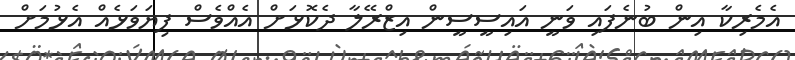
އެމެރިކާ އިން ބުނެފައި ވަނީ އައިސީސީން އިޒްރޭލާ ދެކޮޅަށް އެއްވެސް ފިޔަވަޅެއް އެޅުމަށް